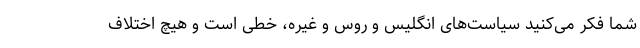
شما فکر می‌کنید سیاست‌های انگلیس و روس و غیره، خطی است و هیچ اختلاف